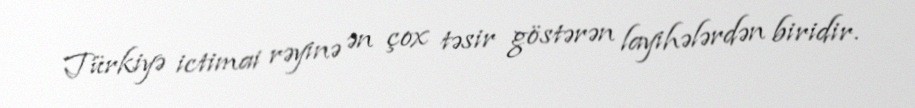
Türkiyə ictimai rəyinə ən çox təsir göstərən layihələrdən biridir.